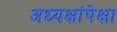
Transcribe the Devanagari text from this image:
अध्यक्षांपेक्षा